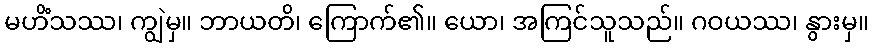
မဟိံသဿ၊ ကျွဲမှ။ ဘာယတိ၊ ကြောက်၏။ ယော၊ အကြင်သူသည်။ ဂဝယဿ၊ နွားမှ။